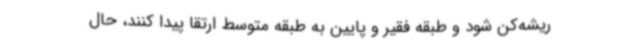
ریشه‌کن شود و طبقه فقیر و پایین به طبقه متوسط ارتقا پیدا کنند، حال